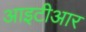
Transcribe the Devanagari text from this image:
आइटीआर